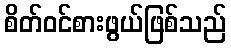
စိတ်ဝင်စားဖွယ်ဖြစ်သည်